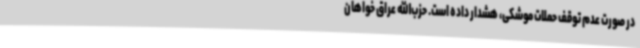
در صورت عدم توقف حملات موشکی، هشدار داده است. حزب‌الله عراق خواهان